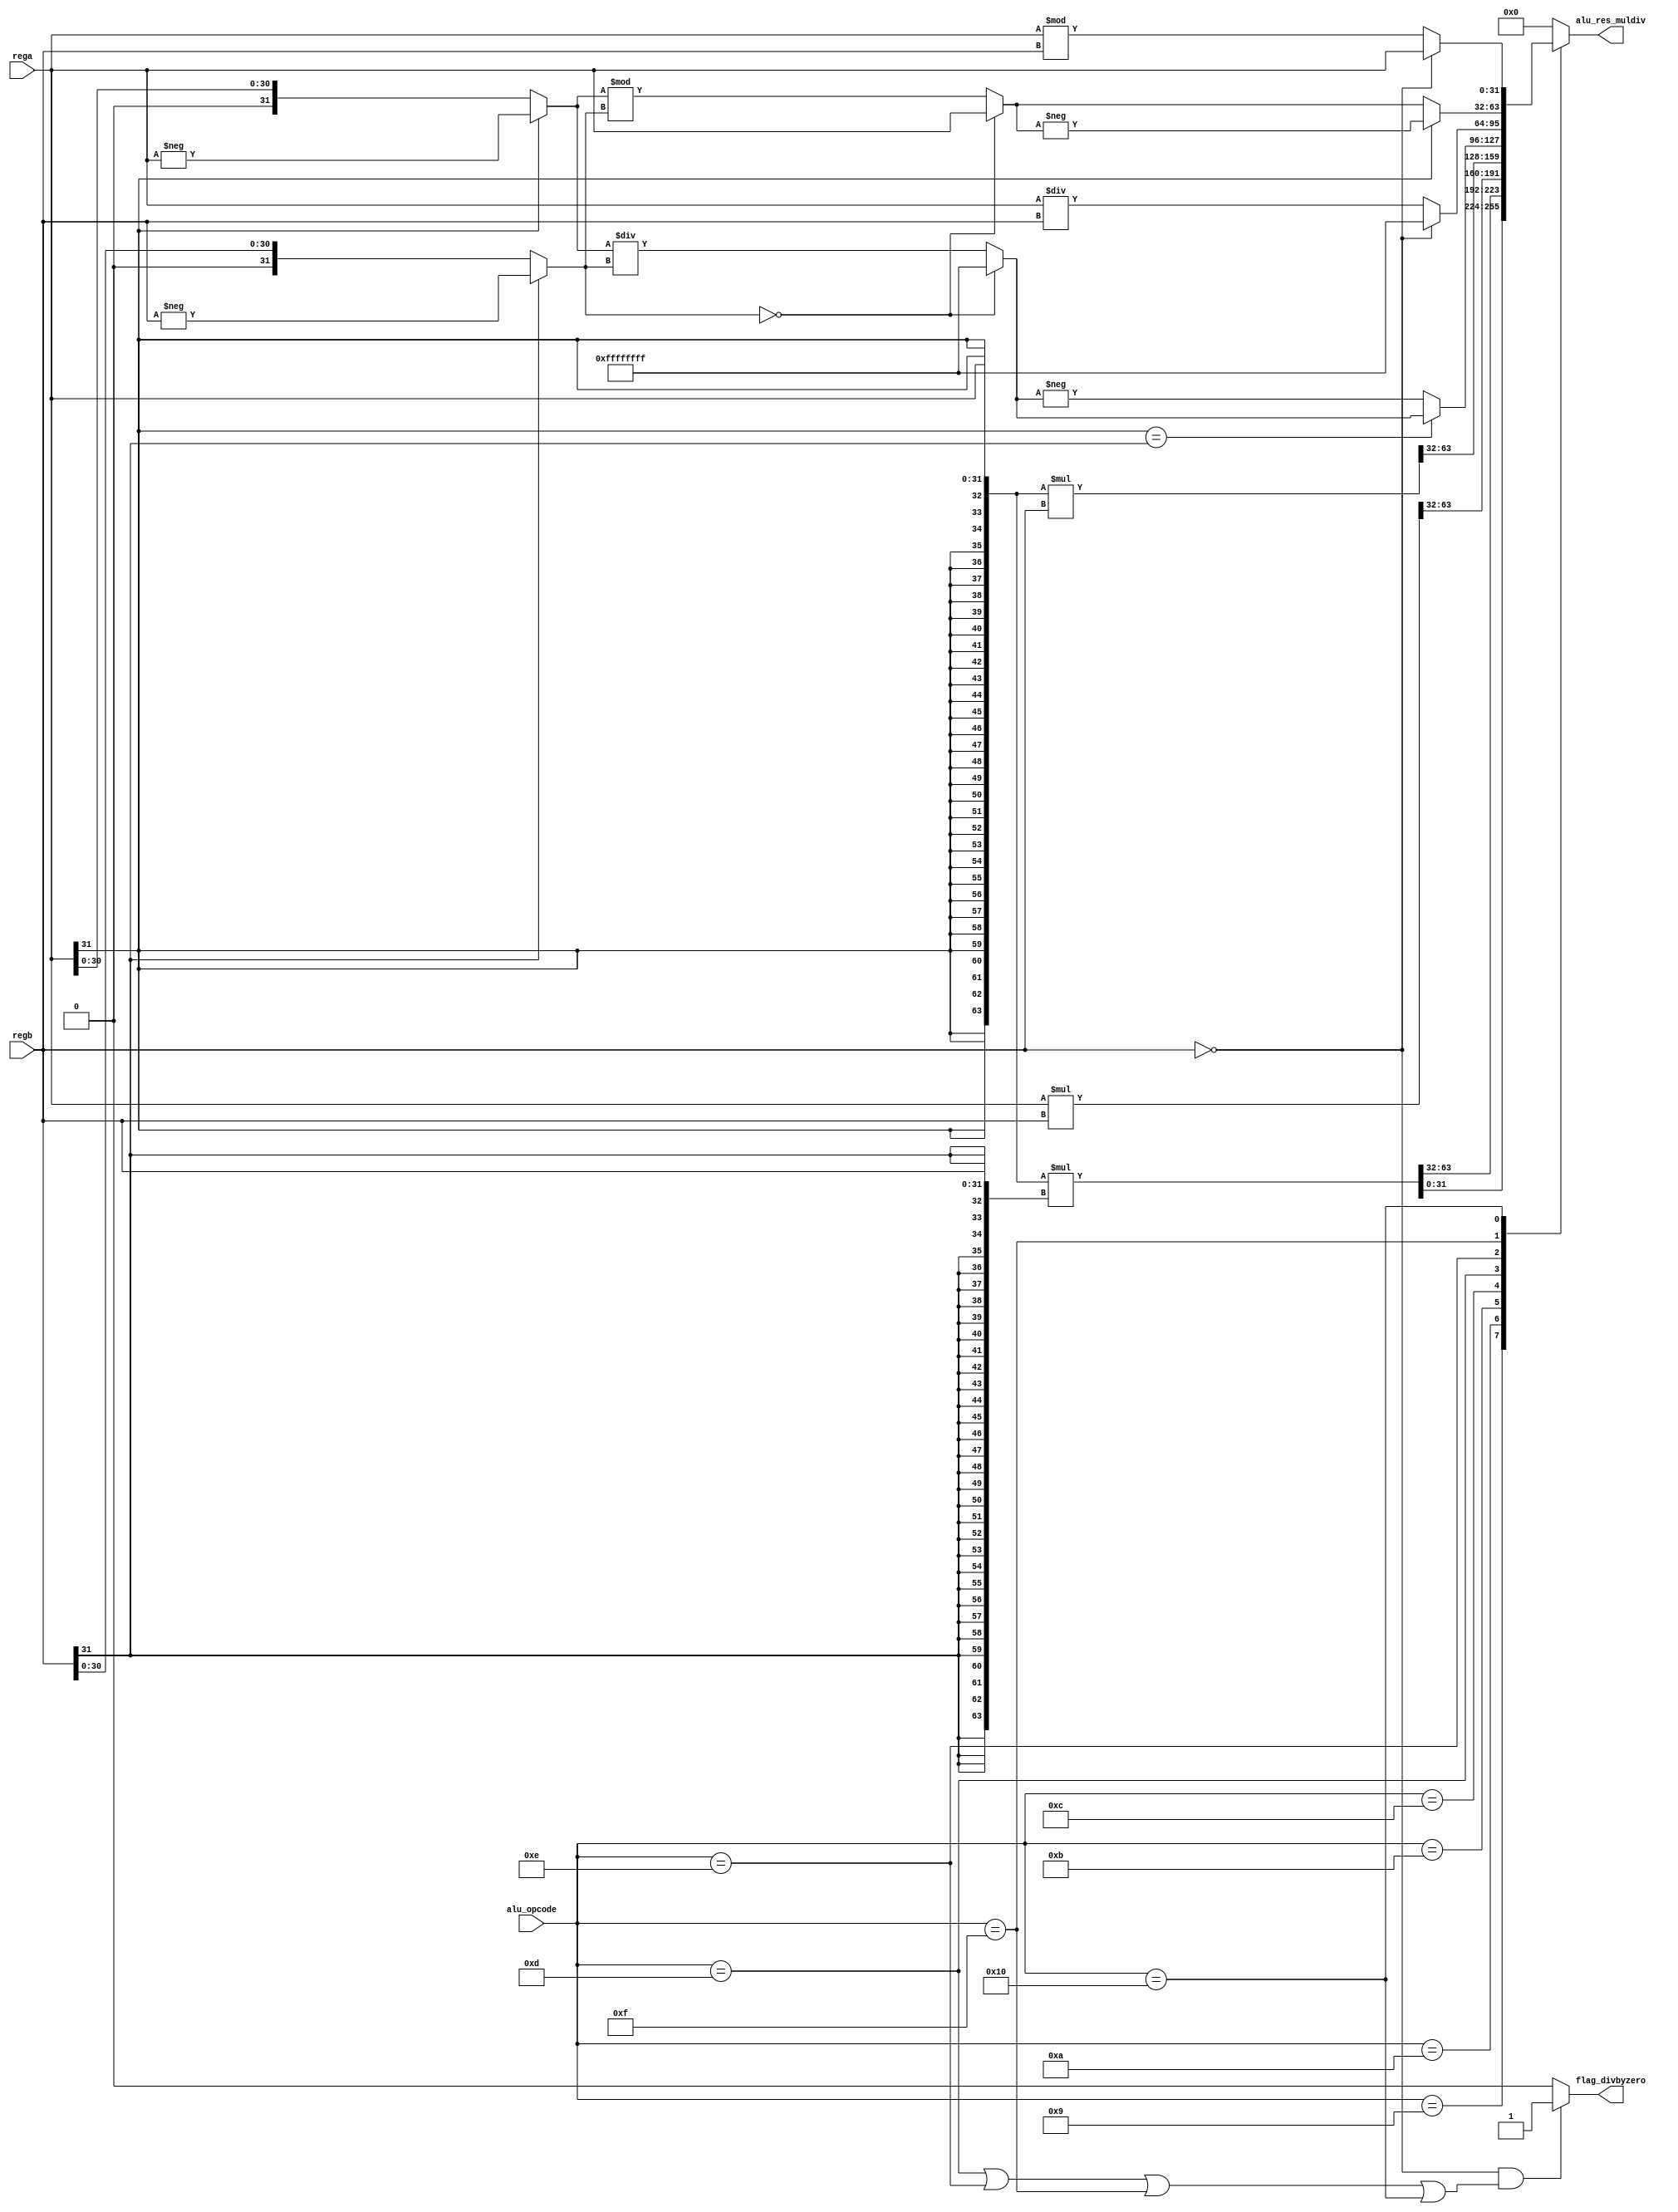
// Company           :   tud                      
//                    			
// Project Name      :   prz    
// Subproject Name   :   main    
// Description       :   <short description>            
//
// Last Change       :   $Date: 2020-12-29 18:10:06 +0100 (Tue, 29 Dec 2020) $
// by                :   $Author: vepr19 $                  			
//------------------------------------------------------------
`timescale 1ns/10ps
module alu_muldiv (rega,
	           regb,
                   alu_opcode,
	           alu_res_muldiv,
                   flag_divbyzero
		  );
	parameter 		N=32;
	input [N-1:0]		rega;
	input [N-1:0]		regb;
	input [4:0]		alu_opcode;

	output  reg [N-1:0]	alu_res_muldiv; //to be declared as reg for top module any output
	output  		flag_divbyzero;



	//calculate the results and assign whats neccessary.
	wire [2*N-1:0]		alu_mulres;
	wire [2*N-1:0]		alu_mul_sign;
	wire [2*N-1:0]		alu_mul_opp;
	

	wire [N-1:0]		alu_div_us;
	wire [N-1:0]		alu_rem_us;
	wire [N-1:0]		alu_div_uns;
	wire [N-1:0]		alu_rem_uns;
	wire [N-1:0] 		oper_a,oper_b;

   	parameter 		MUL    = 5'b01001;
   	parameter 		MULH   = 5'b01010;
    	parameter 		MULHU  = 5'b01011;
    	parameter 		MULHSU = 5'b01100;
    	parameter 		DIV    = 5'b01101;
    	parameter 		DIVU   = 5'b01110;
    	parameter 		REMM   = 5'b01111;
    	parameter 		REMU   = 5'b10000;


	
    	assign alu_mulres   = {{ { N {1'b0}},rega}}  * {{ { N {1'b0}},regb}}   ; //unsigned
	assign alu_mul_sign = {{ N {rega[N-1]}},rega}*{{ { N {regb[N-1]}},regb}};  //signed
	assign alu_mul_opp  = {{ N {rega[N-1]}},rega}*{{ { N {1'b0}},regb}}	; //signed * unsigned
	

	assign oper_a = rega[N-1] ? -rega :rega;
	assign oper_b = regb[N-1] ? -regb :regb;


	assign alu_div_us   = oper_b   == 0 ? {N{1'b1}}: oper_a / oper_b ;
	assign alu_rem_us   = oper_b   == 0   ? rega   :  oper_a % oper_b ;

	
	assign alu_div_uns   = regb   == 0 ? {N{1'b1}}: rega / regb ;
	assign alu_rem_uns   = regb   == 0   ? rega   : rega % regb ;

	

    always @( * )
    begin
	alu_res_muldiv = {N{1'b0}};
        case(alu_opcode)
        	MUL   : alu_res_muldiv = alu_mul_sign[N-1:0] ; //signed
        	MULH  : alu_res_muldiv = alu_mul_sign[2*N-1:N] ; //signed
        	MULHU : alu_res_muldiv = alu_mulres[2*N-1:N] ;  //unsigned
        	MULHSU: alu_res_muldiv = alu_mul_opp[2*N-1:N];
        	DIV   : alu_res_muldiv = (rega[N-1] == regb[N-1])? alu_div_us:-alu_div_us;
		DIVU  : alu_res_muldiv = alu_div_uns;
        	REMM  : alu_res_muldiv = (rega[N-1])?-alu_rem_us:alu_rem_us;
        	REMU  : alu_res_muldiv = alu_rem_uns ;
        endcase
     end

assign flag_divbyzero = ((regb == {N{1'b0}}) && ((alu_opcode== DIV) || (alu_opcode== DIVU) || (alu_opcode== REMM) || (alu_opcode== REMU) ))? 1'b1 : 1'b0 ;

endmodule